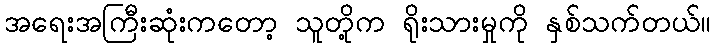
အရေးအကြီးဆုံးကတော့ သူတို့က ရိုးသားမှုကို နှစ်သက်တယ်။